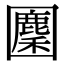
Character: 𡈳